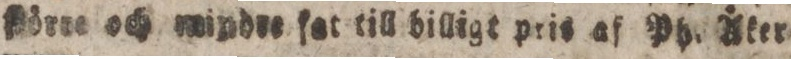
frörre och mindre ſet till billigt pris af Ph. Åter=